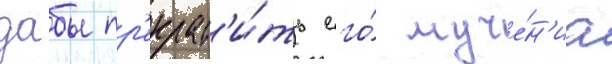
дабы пр'екрат'и́ть его́ муче́н'иа